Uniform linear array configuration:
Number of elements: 4
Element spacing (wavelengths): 0.25
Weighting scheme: exponential
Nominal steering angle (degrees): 0
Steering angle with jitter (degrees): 1.784
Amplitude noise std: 0.05
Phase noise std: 0.05

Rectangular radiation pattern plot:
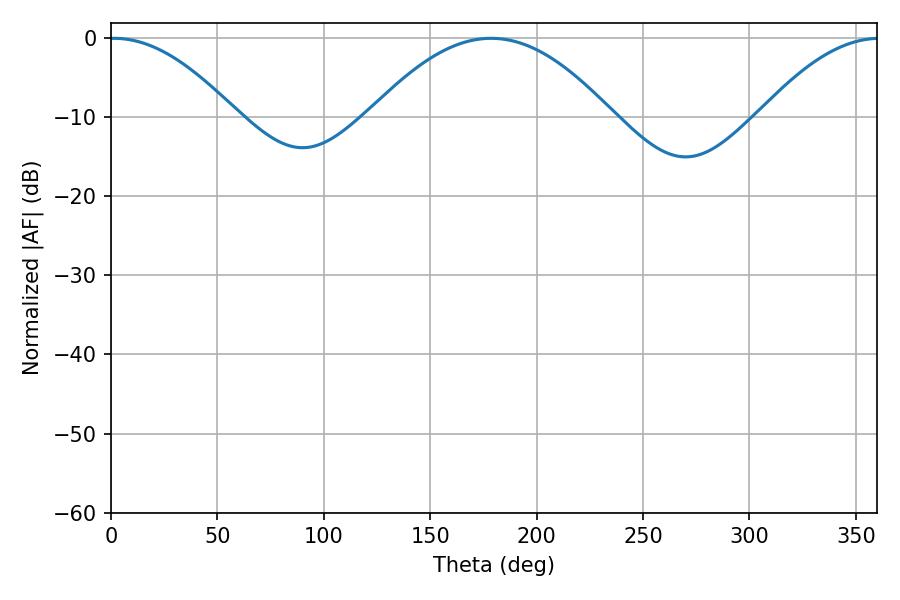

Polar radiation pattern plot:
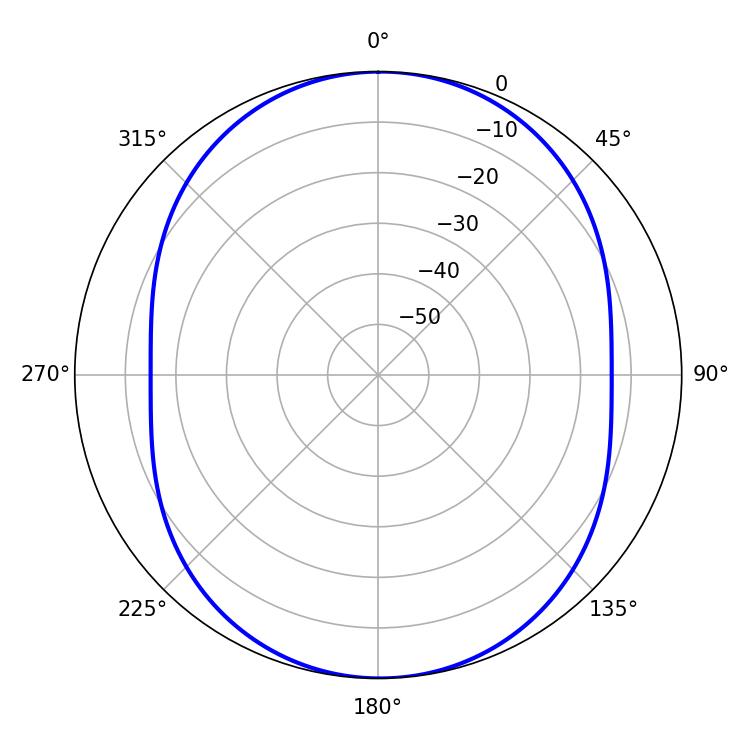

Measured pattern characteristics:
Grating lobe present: FALSE
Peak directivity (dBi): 15.143
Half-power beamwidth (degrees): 32.58
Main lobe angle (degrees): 1.44